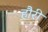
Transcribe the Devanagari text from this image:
हौरी